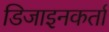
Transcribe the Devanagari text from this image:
डिजाइनकर्ता